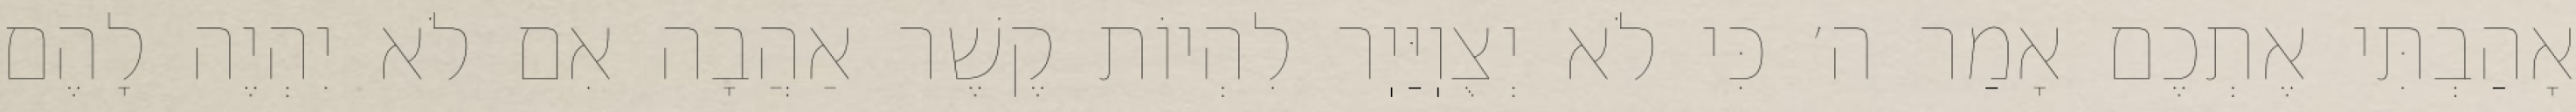
אָהַבְתִּי אֶתְכֶם אָמַר ה׳ כִּי לֹא יְצֻוֽיַּיֽר לִהְיוֹת קֶשֶׁר אַהֲבָה אִם לֹא יִהְיֶה לָהֶם